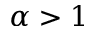
\alpha > 1